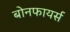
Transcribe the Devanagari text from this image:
बोनफायर्स